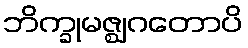
ဘိက္ခုမဇ္ဈဂတောပိ